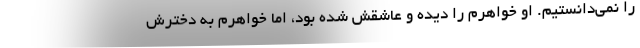
را نمی‌دانستیم. او خواهرم را دیده و عاشقش شده بود، اما خواهرم به دخترش